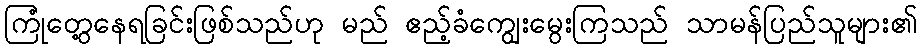
ကြုံတွေ့နေရခြင်းဖြစ်သည်ဟု မည် ဧည့်ခံကျွေးမွေးကြသည် သာမန်ပြည်သူများ၏